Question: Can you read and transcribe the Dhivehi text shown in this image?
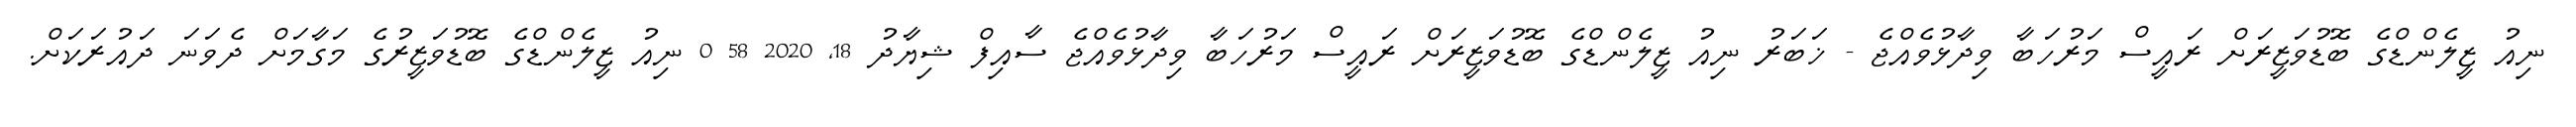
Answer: ނިއު ޒީލެންޑްގެ ބޮޑުވަޒީރަށް ރައީސް މަރުހަބާ ވިދާޅުވެއްޖެ - ޚަބަރު ނިއު ޒީލެންޑްގެ ބޮޑުވަޒީރަށް ރައީސް މަރުހަބާ ވިދާޅުވެއްޖެ ސާއިފް ޝިޔާދު 18, 2020 58 0 ނިއު ޒީލެންޑްގެ ބޮޑުވަޒީރުގެ މަގާމަށް ދެވަނަ ދައުރަކަށް.